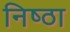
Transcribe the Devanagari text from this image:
निष्‍ठा